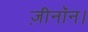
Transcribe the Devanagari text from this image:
ज़ीनॉन।